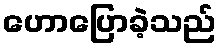
ဟောပြောခဲ့သည်